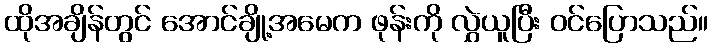
ထိုအချိန်တွင် အောင်ချို့အမေက ဖုန်းကို လွှဲယူပြီး ဝင်ပြောသည်။